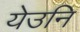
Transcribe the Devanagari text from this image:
येउनि